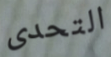
التحدى